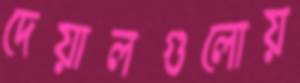
দেয়ালগুলোয়